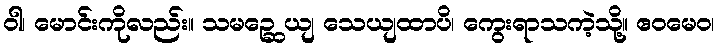
ဝါ၊ မောင်းကိုလည်း။ သမဉ္ဆေ ယျ သေယျထာပိ၊ ကွေးရာသကဲ့သို့။ ဧဝမေဝ၊